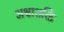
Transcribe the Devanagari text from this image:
अश्वाशक्ति